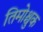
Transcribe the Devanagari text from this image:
तिमोश्चुक